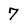
Character: 7